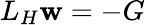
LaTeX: L_{H}\mathbf{w}=-G